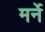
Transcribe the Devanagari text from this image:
मर्ने